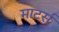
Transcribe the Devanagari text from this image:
माटर्स